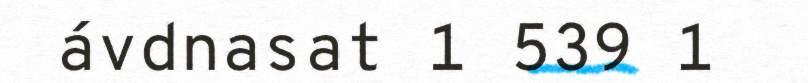
ávdnasat 1 539 1